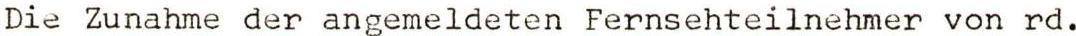
Die Zunahme der angemeldeten Fernsehteilnehmer von rd.